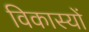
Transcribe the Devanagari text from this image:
विकास्यों